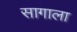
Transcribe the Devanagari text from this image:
सागाला